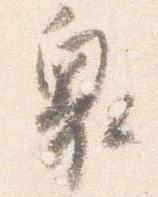
奥